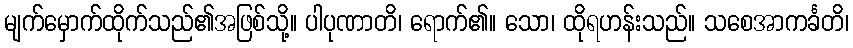
မျက်မှောက်ထိုက်သည်၏အဖြစ်သို့။ ပါပုဏာတိ၊ ရောက်၏။ သော၊ ထိုရဟန်းသည်။ သစေအာကင်္ခတိ၊